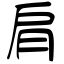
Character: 肩